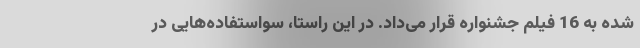
شده به 16 فیلم جشنواره قرار می‌داد. در این راستا، سواستفاده‌هایی در